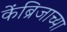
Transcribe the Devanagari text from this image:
केंब्रिजाच्या